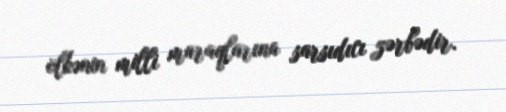
ölkənin milli maraqlarına sarsıdıcı zərbədir.